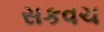
સકવચ